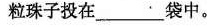
粒珠子投在_______袋中。